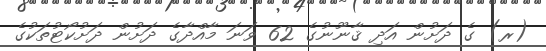
(ރ) ގެ ދަށުން އަދި ޤާނޫނުގެ 62 ވަނަ މާއްދާގެ ދަށުން ދަށުކޯޓުތަކުގެ